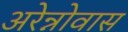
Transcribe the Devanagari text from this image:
अरेन्नोवास